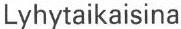
Lyhytaikaisina